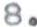
8